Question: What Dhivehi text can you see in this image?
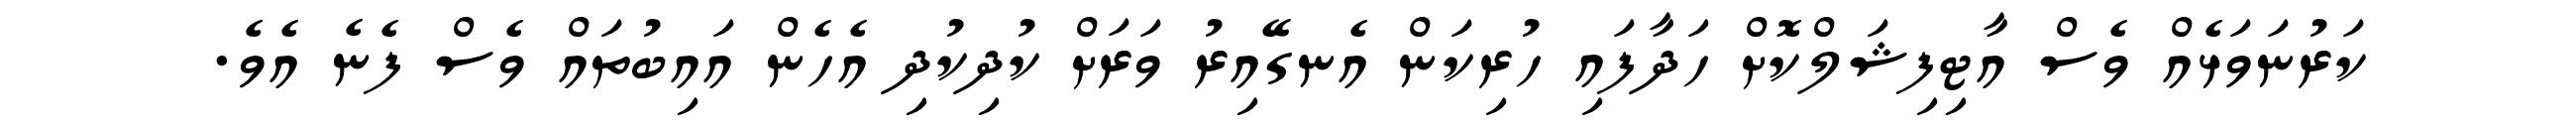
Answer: ކަރުނަވަޅެއް ވެސް އާޓިފިޝަލްކޮށް ހަދާފައި ހުރިކަން އެނގޭއިރު ވަރަށް ކުދިކުދި އެހެން އައިބުތައް ވެސް ފެނެ އެވެ.